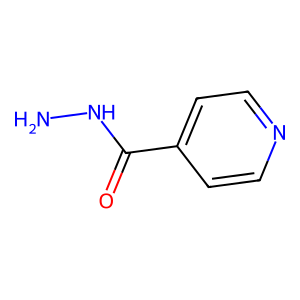
SMILES: NNC(=O)c1ccncc1
Inhibits HIV replication: No